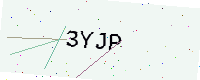
Text: 3YJP